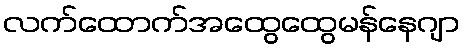
လက်ထောက်အထွေထွေမန်နေဂျာ